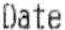
DATE